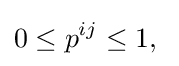
0\leq p^{ij}\leq 1,\